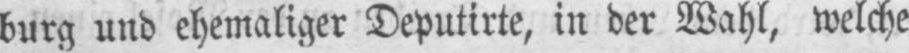
burg und ehemaliger Deputirte, in der Wahl, welche